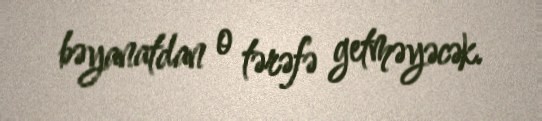
bəyanatdan o tərəfə getməyəcək.